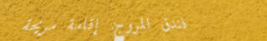
فندق المروج: إقامة مريحة